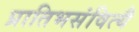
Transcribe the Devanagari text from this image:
प्रातिभसंवित्यै